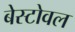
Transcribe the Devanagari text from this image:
बेस्टोवल